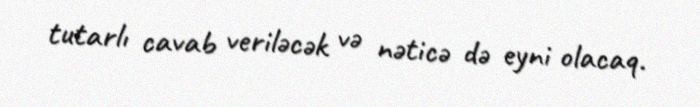
tutarlı cavab veriləcək və nəticə də eyni olacaq.